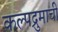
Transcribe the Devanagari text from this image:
कल्पद्रुमाचीं